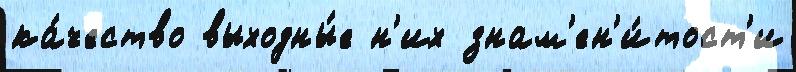
ка́чество выходны́е н'их знам'ен'и́тост'и